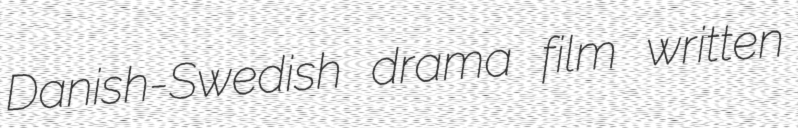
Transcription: Danish-Swedish drama film written